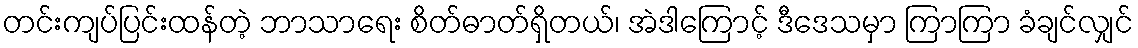
တင်းကျပ်ပြင်းထန်တဲ့ ဘာသာရေး စိတ်ဓာတ်ရှိတယ်၊ အဲဒါကြောင့် ဒီဒေသမှာ ကြာကြာ ခံချင်လျှင်